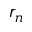
r _ { n }